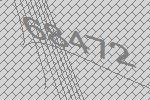
68472